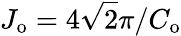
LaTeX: J_{\mathrm{o}}=4\sqrt{2}\pi/C_{\mathrm{o}}